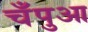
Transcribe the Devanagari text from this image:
चँपुआ